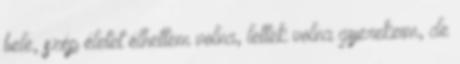
bele, szép életet élhettem volna, lettek volna gyerekeim, de